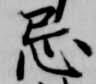
忘